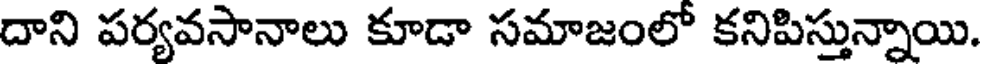
దాని పర్యవసానాలు కూడా సమాజంలో కనిపిస్తున్నాయి.